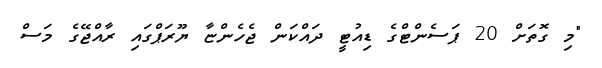
"މި ގޮތަށް 20 ޕަސެންޓްގެ ޑިއުޓީ ދައްކަން ޖެހެންޏާ ޔޫރަޕްގައި ރާއްޖޭގެ މަސް